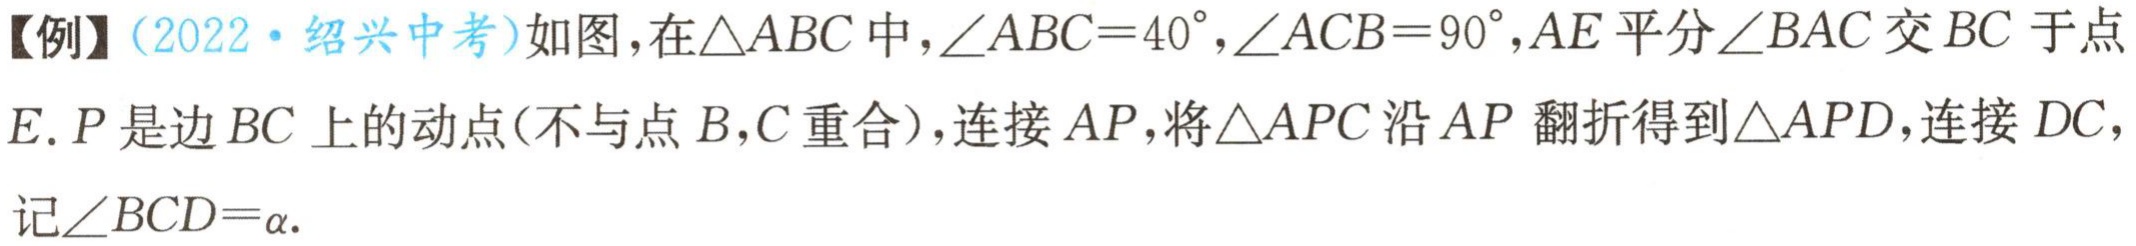
【例】(2022·绍兴中考)如图，在\(\triangle ABC\)中，\(\angle ABC = 40^{\circ}\)，\(\angle ACB = 90^{\circ}\)，\(AE\)平分\(\angle BAC\)交\(BC\)于点\(E\). \(P\)是边\(BC\)上的动点(不与点\(B,C\)重合)，连接\(AP\)，将\(\triangle APC\)沿\(AP\)翻折得到\(\triangle APD\)，连接\(DC\)，记\(\angle BCD=\alpha\).